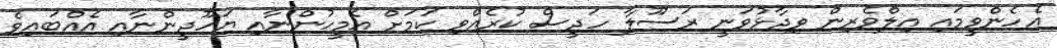
އެހެންވީމައި އިލްވެރިން ވިދާޅުވަނީ ރަސޫލާ ހަދީސް ކުރެއްވި ކަމަށް އެމީހުންނާއި ޔަހޫދީންނާއި އެއްބައިވެ